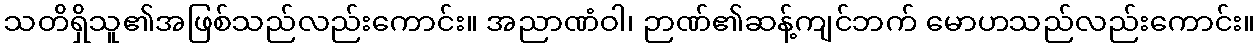
သတိရှိသူ၏အဖြစ်သည်လည်းကောင်း။ အညာဏံဝါ၊ ဉာဏ်၏ဆန့်ကျင်ဘက် မောဟသည်လည်းကောင်း။